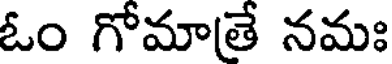
ఓం గోమాతే నమః